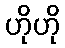
ဟိုဟို